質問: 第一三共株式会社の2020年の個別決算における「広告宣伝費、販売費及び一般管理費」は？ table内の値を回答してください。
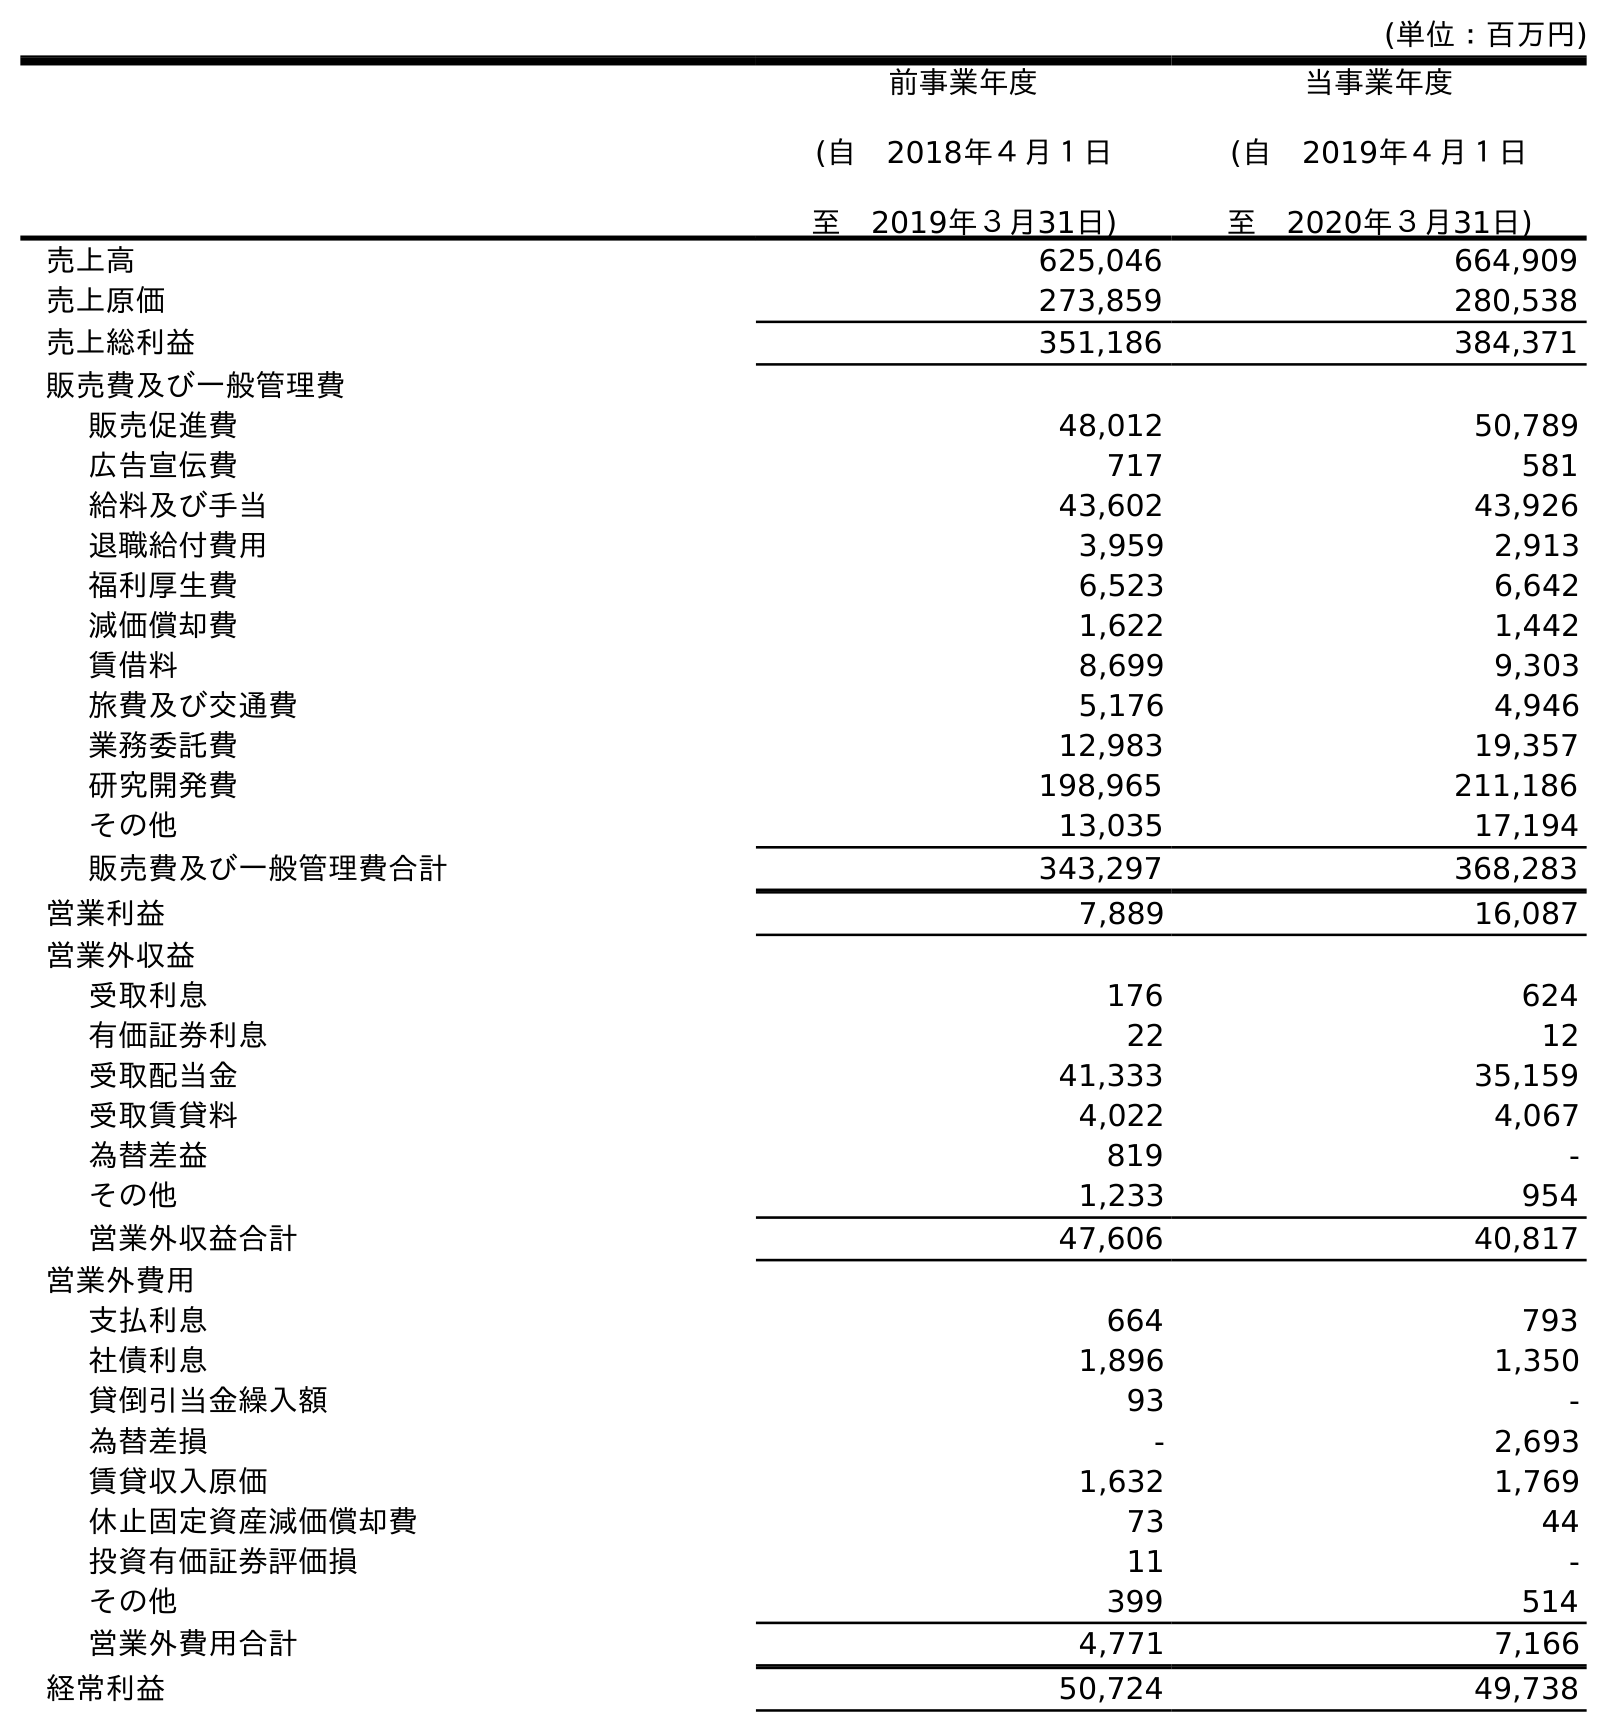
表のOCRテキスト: (単位：百万円) 前事業年度 (自 2018年４月１日 至 2019年３月31日) 当事業年度 (自 2019年４月１日 至 2020年３月31日) 売上高 625,046 664,909 売上原価 273,859 280,538 売上総利益 351,186 384,371 販売費及び一般管理費 販売促進費 48,012 50,789 広告宣伝費 717 581 給料及び手当 43,602 43,926 退職給付費用 3,959 2,913 福利厚生費 6,523 6,642 減価償却費 1,622 1,442 賃借料 8,699 9,303 旅費及び交通費 5,176 4,946 業務委託費 12,983 19,357 研究開発費 198,965 211,186 その他 13,035 17,194 販売費及び一般管理費合計 343,297 368,283 営業利益 7,889 16,087 営業外収益 受取利息 176 624 有価証券利息 22 12 受取配当金 41,333 35,159 受取賃貸料 4,022 4,067 為替差益 819 - その他 1,233 954 営業外収益合計 47,606 40,817 営業外費用 支払利息 664 793 社債利息 1,896 1,350 貸倒引当金繰入額 93 - 為替差損 - 2,693 賃貸収入原価 1,632 1,769 休止固定資産減価償却費 73 44 投資有価証券評価損 11 - その他 399 514 営業外費用合計 4,771 7,166 経常利益 50,724 49,738
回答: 581